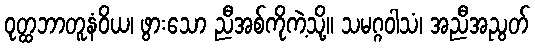
ဝုတ္ထဘာတူနံဝိယ၊ ဖွားသော ညီအစ်ကိုကဲ့သို့။ သမဂ္ဂဝါသံ၊ အညီအညွတ်